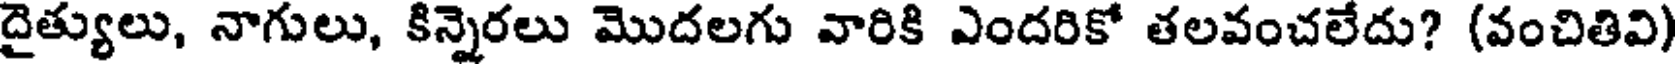
దైత్యులు, నాగులు, కిన్నెరలు మొదలగు వారికి ఎందరికో తలవంచలేదు? (వంచితివి)